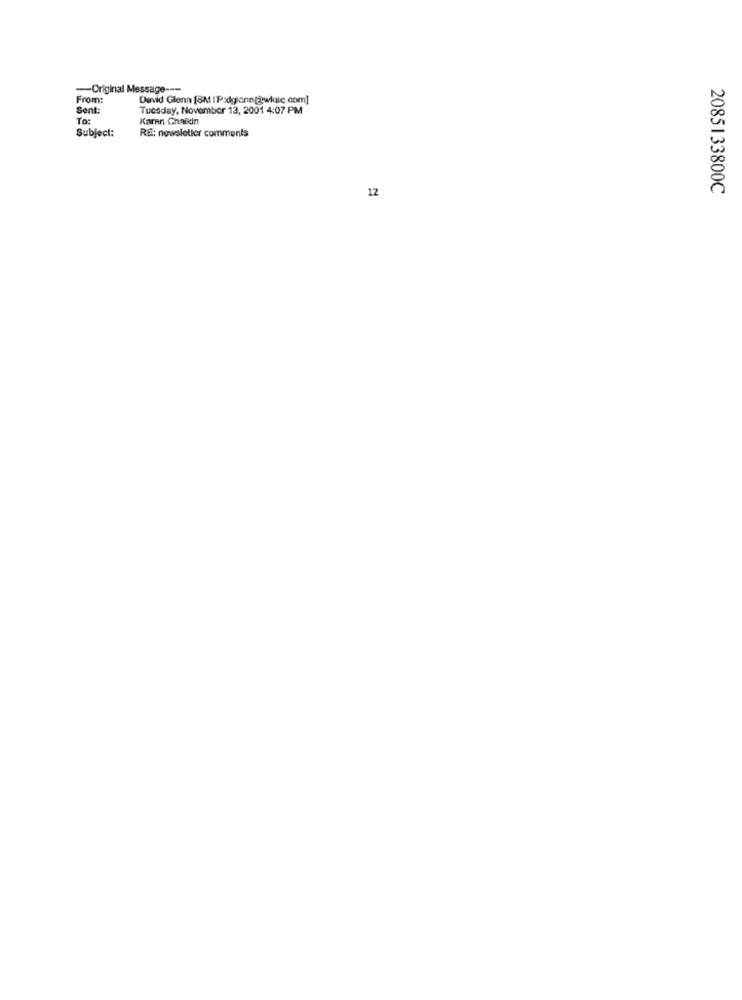
-- Original Message -----
From:
David Glenn [SM [P:dglonn(@wiuic.com]
Sent:
Tuesday, November 13, 2001 4:07 PM
To:
Karen Chaikin
Subject:
RE: newsletter comments
12
2085133800C